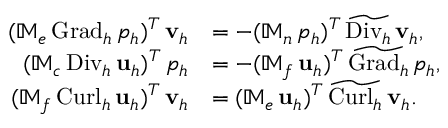
\begin{array} { r l } { ( \mathbb { M } _ { e } \, { \mathrm { G r a d } _ { h } } \, p _ { h } ) ^ { T } \, \mathbf { v } _ { h } } & { = - ( \mathbb { M } _ { n } \, p _ { h } ) ^ { T } \, \widetilde { \mathrm { D i v } _ { h } } \, \mathbf { v } _ { h } , } \\ { ( \mathbb { M } _ { c } \, { \mathrm { D i v } _ { h } } \, \mathbf { u } _ { h } ) ^ { T } \, p _ { h } } & { = - ( \mathbb { M } _ { f } \, \mathbf { u } _ { h } ) ^ { T } \, \widetilde { \mathrm { G r a d } _ { h } } \, p _ { h } , } \\ { ( \mathbb { M } _ { f } \, { \mathrm { C u r l } _ { h } } \, \mathbf { u } _ { h } ) ^ { T } \, \mathbf { v } _ { h } } & { = ( \mathbb { M } _ { e } \, \mathbf { u } _ { h } ) ^ { T } \, \widetilde { \mathrm { C u r l } _ { h } } \, \mathbf { v } _ { h } . } \end{array}